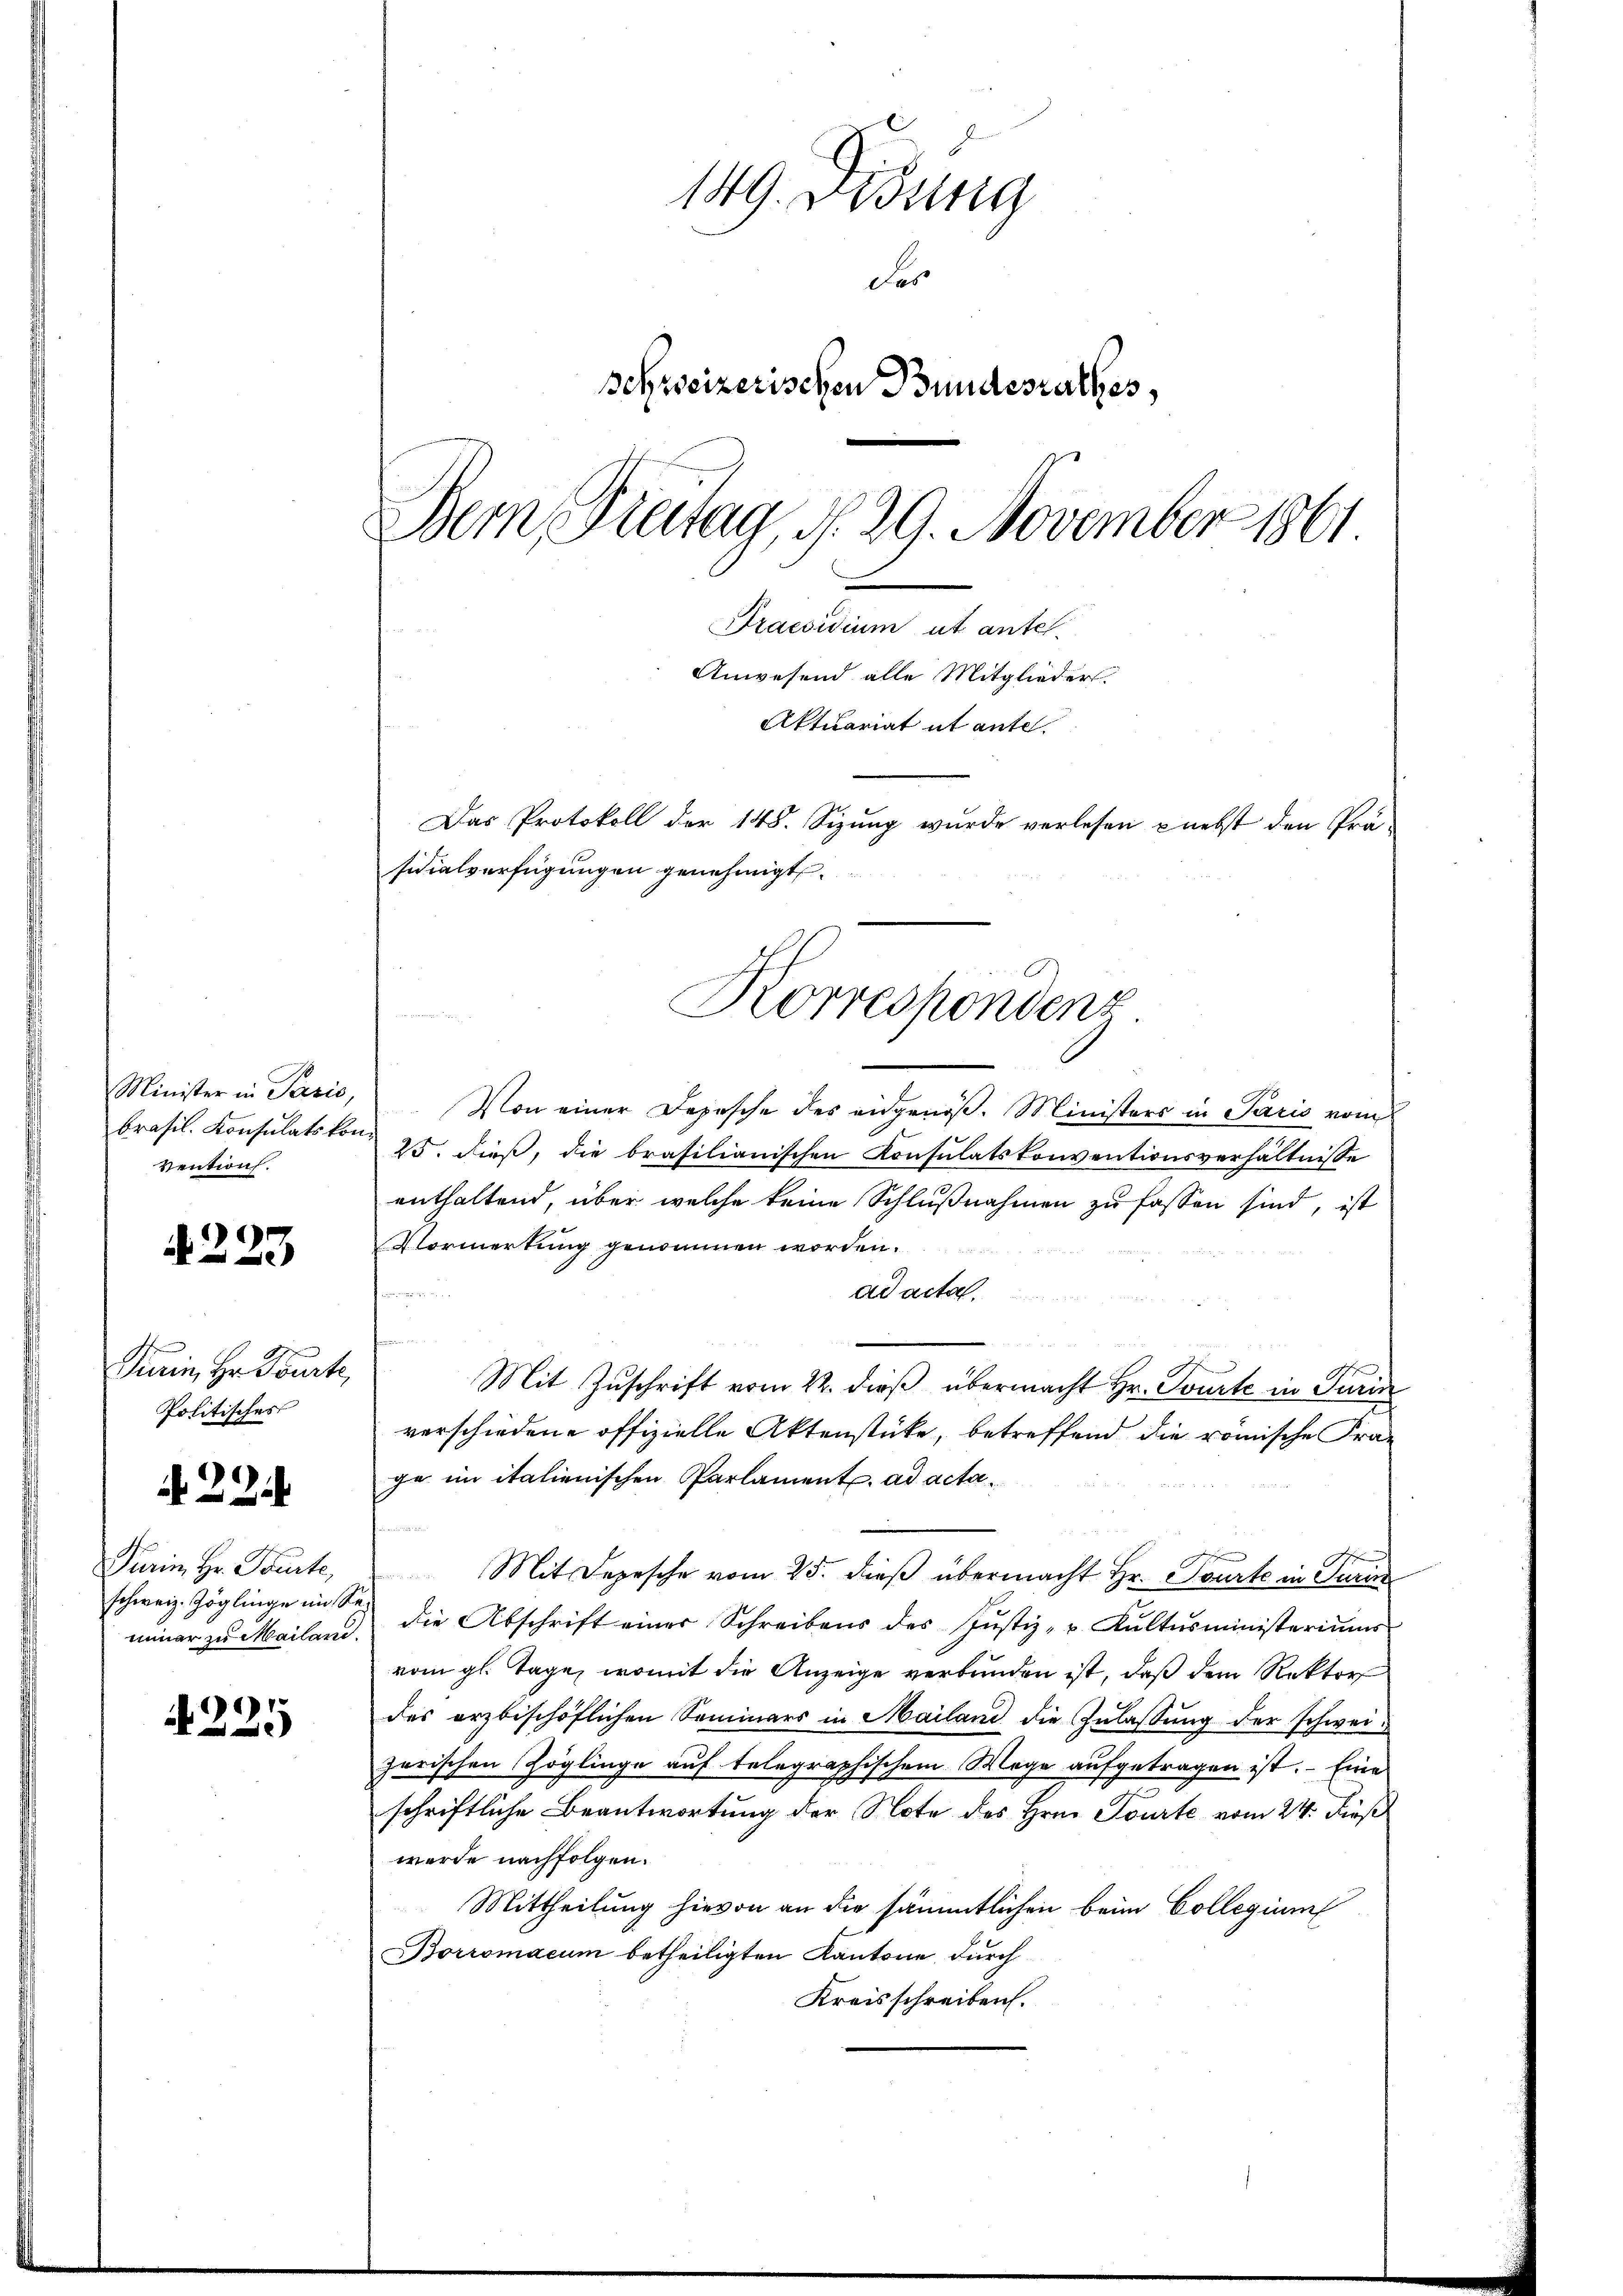
Minister in Parić,
brasil. Konsulats kon¬
Ventius.

4223

Turin, Hr. Tourte,
Politisches

Purin Hr. Pourte,
schweiz. Zöglinge im Se¬

22

4225

149. Disung
Fes
Schweizerischen Bundesrathes,
Dem Freitag, d. 29. November 1861
Praesidium ut antel.
Anwesend alle Mitglieder.
Aktuariat ut ante.
Das Protokoll der 148. Sizung wurde verlesen nebst den Prä-
sidialverfügungen genehmigt.

Von einer Depesche des eidgenöß. Ministers in Paris vom
25. dieß, die brasilianischen Konsulatskonventionsverhältnisse
enthaltend, über welche keine Schlußnahmen zu fassen sind, ist
Vormerkung genommen worden.
ad acta.
n
Mit Zuschrift vom 22. dieß übermacht Hr. Courte in Turin
verschiedene offizielle Aktenstücke, betreffend die römische Frage in italienischen Parlament. ad acta¬

Mit Depesche vom 25. dieß übermacht Hr. Tourt in Turin
minar zŭ Mailand die Abschrift einer Schreibens des Justiz- u. Kultŭsministeriums
vom gl. Tage, womit die Anzeige verbunden ist, daß dem Rektor
des erzbischöflichen Seminars in Mailand die Zulassŭng der schweigarischen Zöglinge auf telegraphischem Wege aufgetragen ist. Eine
schriftliche Beantwortung der Note des Hrn. Tourte vom 24. Fuß
werde nachfolgen.
Mittheilung hievon an die sämmtlichen beim Collegium
Borromacum betheiligten Kantone durch
Kreisschreiben.

Korrespondenz